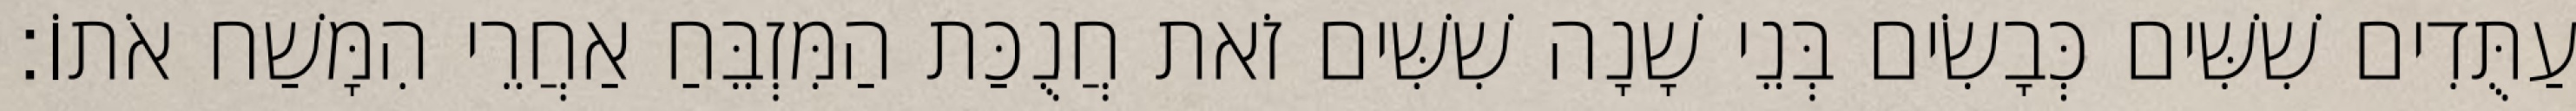
עַתֻּדִים שִׁשִּׁים כְּבָשִׂים בְּנֵי שָׁנָה שִׁשִּׁים זֹאת חֲנֻכַּת הַמִּזְבֵּחַ אַחֲרֵי הִמָּשַׁח אֹתוֹ׃